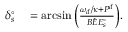
\begin{array} { r l } { \delta _ { s } ^ { \circ } } & { { } = \arcsin { \left( \frac { \omega _ { d } / \kappa + P ^ { d } } { B \hat { E } E _ { s } ^ { \circ } } \right) } . } \end{array}